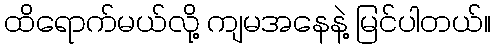
ထိရောက်မယ်လို့ ကျမအနေနဲ့ မြင်ပါတယ်။